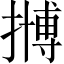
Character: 𱠲